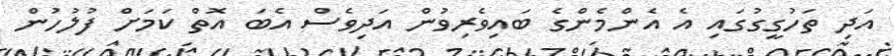
އަދި ތަހުގީގުގައި އެ އެންމެންގެ ބައިވެރިވުން އަދިވެސް އެބަ އޮތް ކަމަށް ފުލުހުން